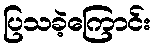
ပြသခဲ့ကြောင်း